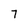
Character: 7